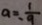
a = \frac { 1 } { - 9 }